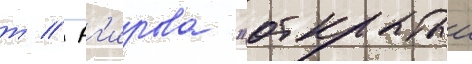
т // Аг'ирова "открытыи